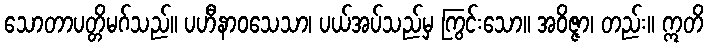
သောတာပတ္တိမဂ်သည်။ ပဟီနာဝသေသာ၊ ပယ်အပ်သည်မှ ကြွင်းသော။ အဝိဇ္ဇာ၊ တည်း။ ဣတိ